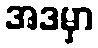
အဒမှာ